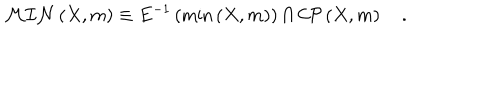
{ \cal M I N } \left( X , m \right) \equiv E ^ { - 1 } \left( \min \left( X , m \right) \right) \cap { \cal C P } \left( X , m \right) \quad .